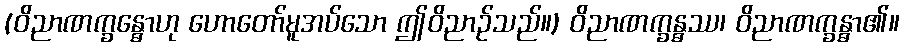
(ဝိညာဏက္ခန္ဓောဟု ဟောတော်မူအပ်သော ဤဝိညာဉ်သည်။) ဝိညာဏက္ခန္ဓဿ၊ ဝိညာဏက္ခန္ဓာ၏။